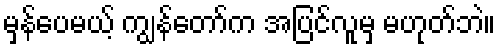
မှန်ပေမယ့် ကျွန်တော်က အပြင်လူမှ မဟုတ်ဘဲ။